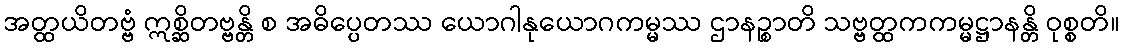
အတ္ထယိတဗ္ဗံ ဣစ္ဆိတဗ္ဗန္တိ စ အဓိပ္ပေတဿ ယောဂါနုယောဂကမ္မဿ ဌာနဉ္စာတိ သဗ္ဗတ္ထကကမ္မဋ္ဌာနန္တိ ဝုစ္စတိ။